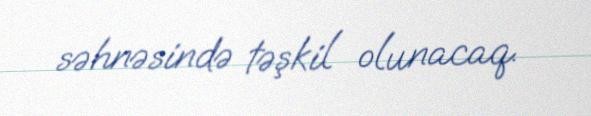
səhnəsində təşkil olunacaq.